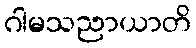
ဂါမသညာယာတိ